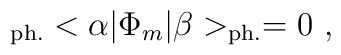
_{{\rm ph.}}<\alpha  | \Phi_{m}  | \beta >_{{\rm ph.}} = 0~,